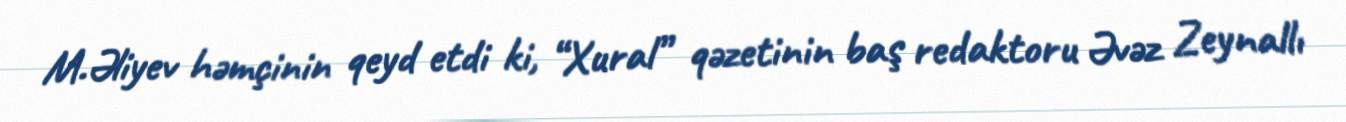
M.Əliyev həmçinin qeyd etdi ki, “Xural” qəzetinin baş redaktoru Əvəz Zeynallı